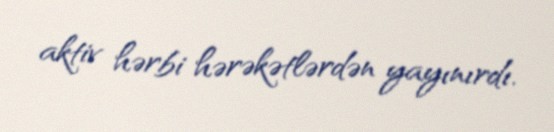
aktiv hərbi hərəkətlərdən yayınırdı.